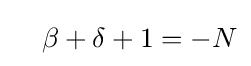
\quad \beta +\delta +1=-N